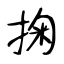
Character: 掬